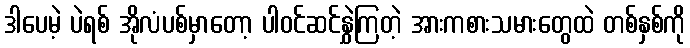
ဒါပေမဲ့ ပဲရစ် အိုလံပစ်မှာတော့ ပါဝင်ဆင်နွှဲကြတဲ့ အားကစားသမားတွေထဲ တစ်နှစ်ကို